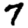
Digit: 7